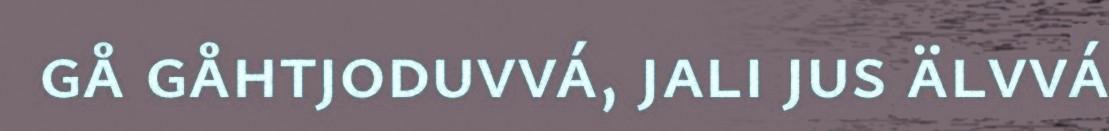
gå gåhtjoduvvá, jali jus älvvá